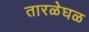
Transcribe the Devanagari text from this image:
तारळेघळ